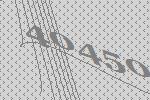
40450